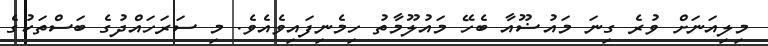
މިލިއަނަށް ވުރެ ގިނަ މައުޟޫއާ ބެހޭ މައުލޫމާތު ހިމެނިފައިވެއެވެ. މި ސަރަހައްދުގެ ބަސްތަކުގެ